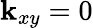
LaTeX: {\mathbf k}_{xy}=0